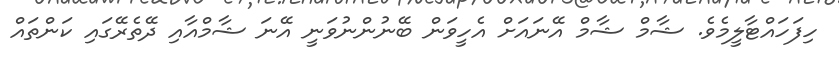
ހިފަހައްޓާލީމެވެ. ޝާމް ޝާމް އޭނައަށް އެހީވަން ބޭނުންނުވަނީ އޭނަ ޝާމްއާއި ދޭތެރޭގައި ކަންތައް